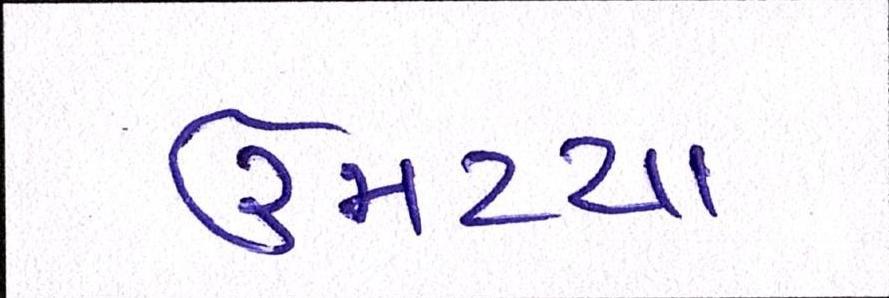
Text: ઉમટયા